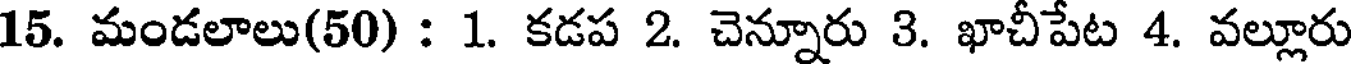
15. మండలాలు(50) : 1. కడప 2. చెన్నూరు 3. ఖాచీపేట 4. వల్లూరు